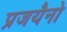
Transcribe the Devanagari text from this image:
प्रजयैनो